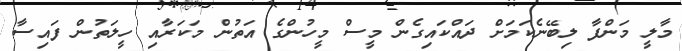
މާލީ މަންފާ ލިބޭނެކަމަށް ދައްކައިގެން މީސް މީހުންގެ އަތުން މަކަރާއި ހީލަތުން ފައިސާ